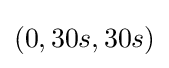
(0,30s,30s)